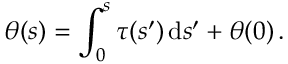
\theta ( s ) = \int _ { 0 } ^ { s } \tau ( s ^ { \prime } ) \, \mathrm { d } s ^ { \prime } + \theta ( 0 ) \, .